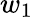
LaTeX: w_{1}